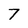
Character: 7